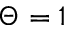
\Theta = 1